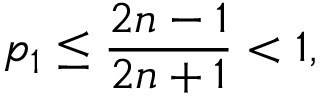
p _ { 1 } \le \frac { 2 n - 1 } { 2 n + 1 } < 1 ,